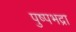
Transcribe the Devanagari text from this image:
पुष्पभद्रा